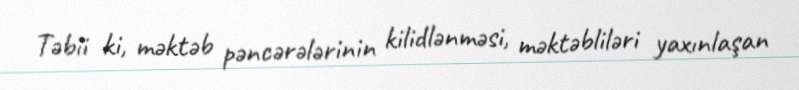
Təbii ki, məktəb pəncərələrinin kilidlənməsi, məktəbliləri yaxınlaşan